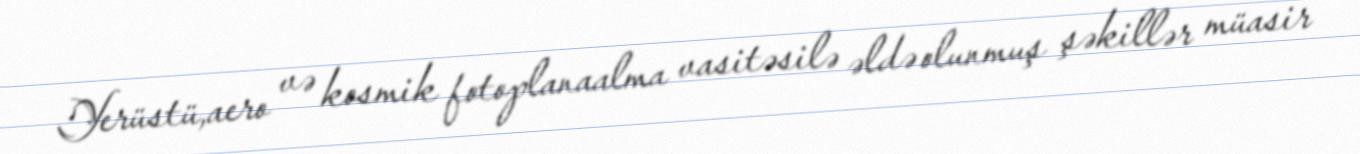
Yerüstü,aero və kosmik fotoplanaalma vasitəsilə əldə olunmuş şəkillər müasir